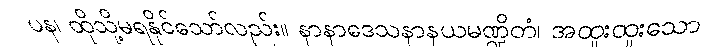
ပန၊ ထိုသို့မရနိုင်သော်လည်း။ နာနာဒေသနာနယမဏ္ဍိတံ၊ အထူးထူးသော